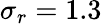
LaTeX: \sigma_{r}=1.3\